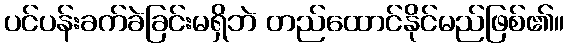
ပင်ပန်းခက်ခဲခြင်းမရှိဘဲ တည်ထောင်နိုင်မည်ဖြစ်၏။